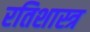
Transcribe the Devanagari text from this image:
रतिशास्त्र